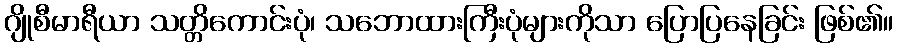
ဂျိုစီမာရီယာ သတ္တိကောင်းပုံ၊ သဘောထားကြီးပုံများကိုသာ ပြောပြနေခြင်း ဖြစ်၏။